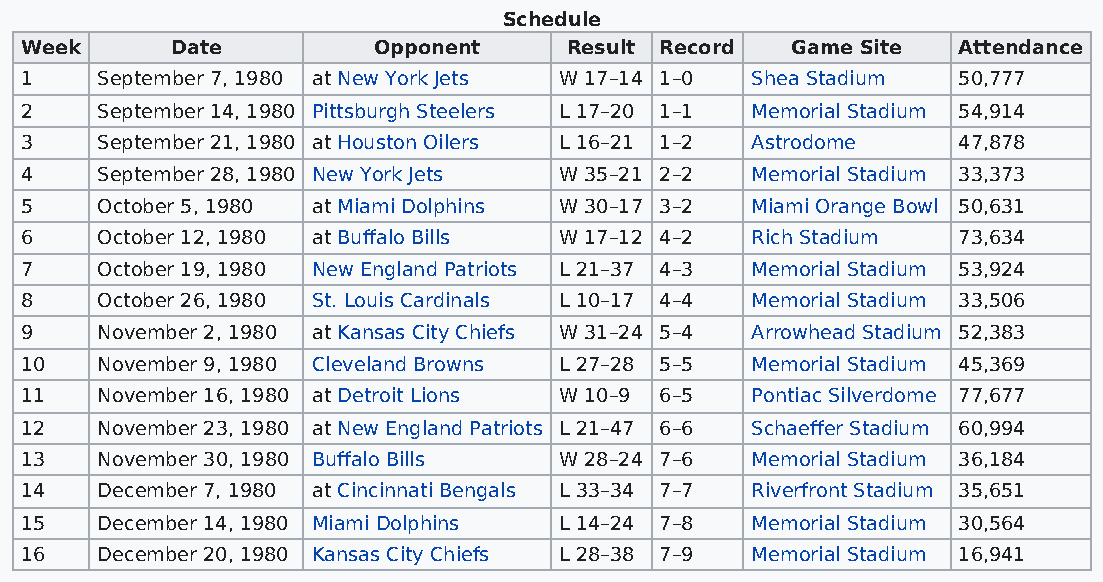
Schedule
 Week      Date          Opponent    Result Record  Game Site  Attendance
 1    September 7, 1980 at New York Jets W 17–14 1–0 Shea Stadium 50,777
 2    September 14, 1980 Pittsburgh Steelers L 17–20 1–1 Memorial Stadium 54,914
 3    September 21, 1980 at Houston Oilers L 16–21 1–2 Astrodome 47,878
 4    September 28, 1980 New York Jets W 35–21 2–2 Memorial Stadium 33,373
 5    October 5, 1980 at Miami Dolphins W 30–17 3–2 Miami Orange Bowl 50,631
 6    October 12, 1980 at Buffalo Bills W 17–12 4–2 Rich Stadium 73,634
 7    October 19, 1980 New England Patriots L 21–37 4–3 Memorial Stadium 53,924
 8    October 26, 1980 St. Louis Cardinals L 10–17 4–4 Memorial Stadium 33,506
 9    November 2, 1980 at Kansas City Chiefs W 31–24 5–4 Arrowhead Stadium 52,383
 10   November 9, 1980 Cleveland Browns L 27–28 5–5 Memorial Stadium 45,369
 11   November 16, 1980 at Detroit Lions W 10–9 6–5 Pontiac Silverdome 77,677
 12   November 23, 1980 at New England Patriots L 21–47 6–6 Schaeffer Stadium 60,994
 13   November 30, 1980 Buffalo Bills W 28–24 7–6 Memorial Stadium 36,184
 14   December 7, 1980 at Cincinnati Bengals L 33–34 7–7 Riverfront Stadium 35,651
 15   December 14, 1980 Miami Dolphins L 14–24 7–8 Memorial Stadium 30,564
 16   December 20, 1980 Kansas City Chiefs L 28–38 7–9 Memorial Stadium 16,941